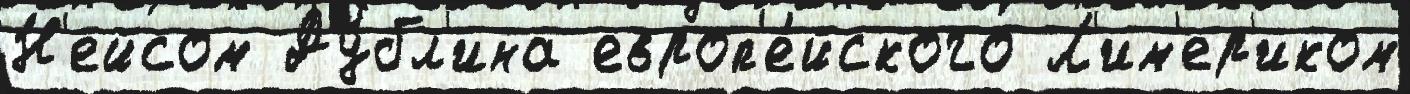
Н'ейсом Ду́бл'ина европ'е́йского Л'им'ер'иком